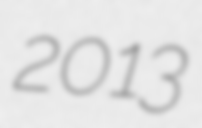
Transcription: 2013